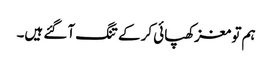
ہم تو مغز کھپائی کر کے تنگ آ گئے ہیں۔